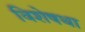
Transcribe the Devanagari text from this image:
विशेषथा